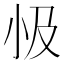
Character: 𭕅